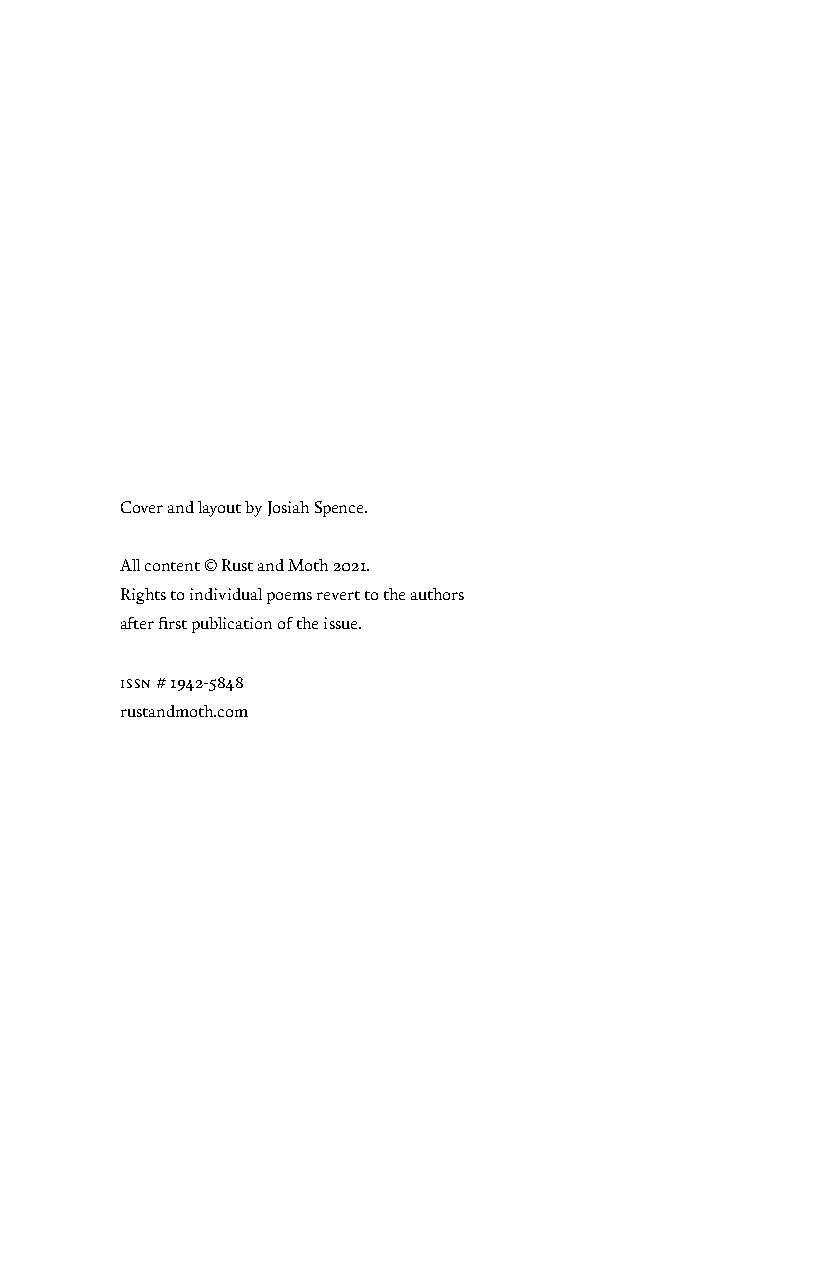
Cover and layout by Josiah Spence.
 All content © Rust and Moth 2021.
 Rights to individual poems revert to the authors
 after first publication of the issue.
 issn # 1942-5848
 rustandmoth.com